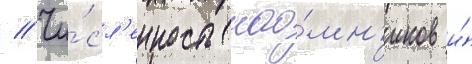
// Чи́сл'енность нао́мн'иков и́